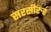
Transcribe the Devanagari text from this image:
सरसीरुह